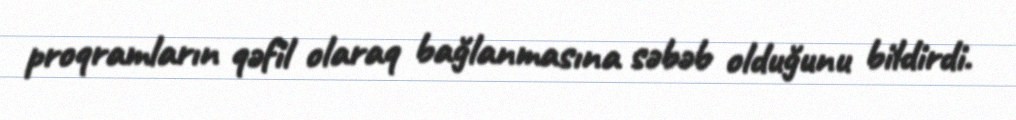
proqramların qəfil olaraq bağlanmasına səbəb olduğunu bildirdi.